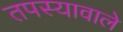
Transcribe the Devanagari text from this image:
तपस्यावाले